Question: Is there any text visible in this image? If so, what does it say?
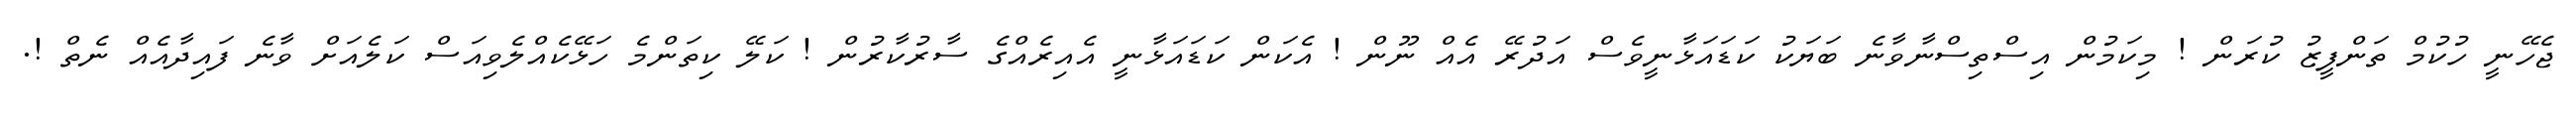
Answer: ޖެހޭނީ ހުކުމް ތަންފީޒު ކުރަން ! މިކަމުން އިސްތިސްނާވާނެ ބަޔަކު ކަޑައަޅާނީވެސް އަދުރޭ އެއް ނޫން ! އެކަން ކަޑައަޅާނީ އެއިރެއްގެ ސާރުކާރުން ! ކަލޭ ކިތަންމެ ހަޅޭކެއްލެވިއަސް ކަލެއަށް ވާނެ ފައިދާއެއް ނެތް !.